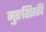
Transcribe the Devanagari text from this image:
नुङशित्की